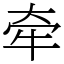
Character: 牵